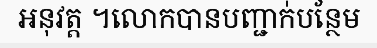
អនុវត្ត ។លោកបានបញ្ជាក់បន្ថែម